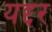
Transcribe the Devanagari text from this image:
यद्दर